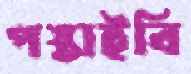
পস্তাইবি